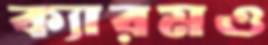
ক্যারমও